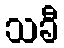
သခီ